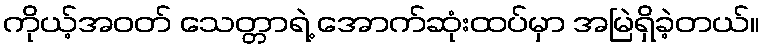
ကိုယ့်အဝတ် သေတ္တာရဲ့ အောက်ဆုံးထပ်မှာ အမြဲရှိခဲ့တယ်။